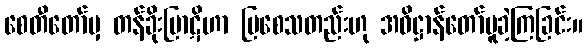
စေတီတော်မှ တန်ခိုးပြာဋိဟာ ပြစေသတည်းဟု အဓိဋ္ဌာန်တော်မူခဲ့ကြခြင်း။